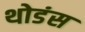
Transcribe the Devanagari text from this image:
थोडंस